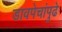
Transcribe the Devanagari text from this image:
डावपेचांपुढे